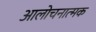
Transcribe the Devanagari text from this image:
आलोचनात्‍मक